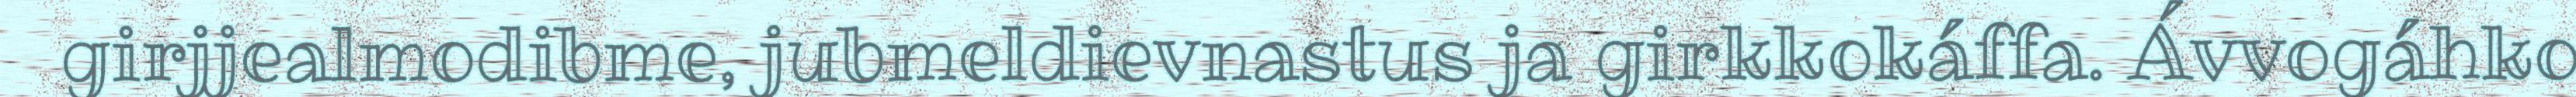
girjjealmodibme, jubmeldievnastus ja girkkokáffa. Ávvogáhko